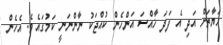
ޙަޔާތަށް އަދި އެ ފަދަ ޚާއްސަ އަންހެން ކުއްޖަކު ނާންނަނީ ކަމުގައެވެ. އެހެން